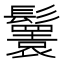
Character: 𩯴